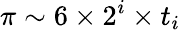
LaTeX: \pi\sim 6\times 2^{i}\times t_{i}